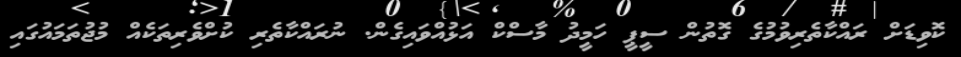
ކޮވިޑަށް ރައްކާތެރިވުމުގެ ގޮތުން ސީޕީ ހަމީދު މާސްކް އަޅުއްވައިގެން. ނުރައްކާތެރި ކުށްވެރިތަކެއް މުޖުތަމައުގައި